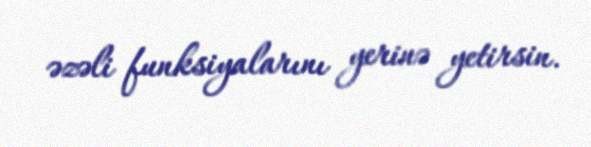
əzəli funksiyalarını yerinə yetirsin.